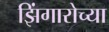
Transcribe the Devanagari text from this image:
झिंगारोच्या